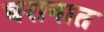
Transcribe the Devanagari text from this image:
घरानात